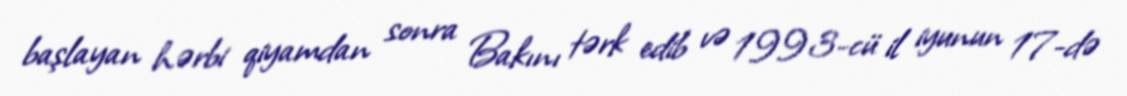
başlayan hərbi qiyamdan sonra Bakını tərk edib və 1993-cü il iyunun 17-də